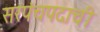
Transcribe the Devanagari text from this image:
सरपंचपदाची